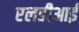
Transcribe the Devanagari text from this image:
एलडीआई